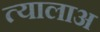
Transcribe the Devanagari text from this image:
त्यालाअ